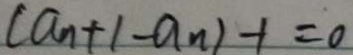
( a _ { n } + 1 - a _ { n } ) - 1 = 0